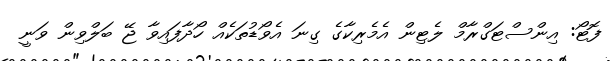
ފޮޓޯ: އިންސްޓަގްރާމް ލެޓިން އެމެރިކާގެ ގިނަ އެވޯޑުތަކެއް ހޯދާފައިވާ ޖޭ ބަލްވިން ވަނީ